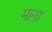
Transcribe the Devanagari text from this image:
मान्ध्र